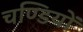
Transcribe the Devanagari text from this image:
चण्डियों